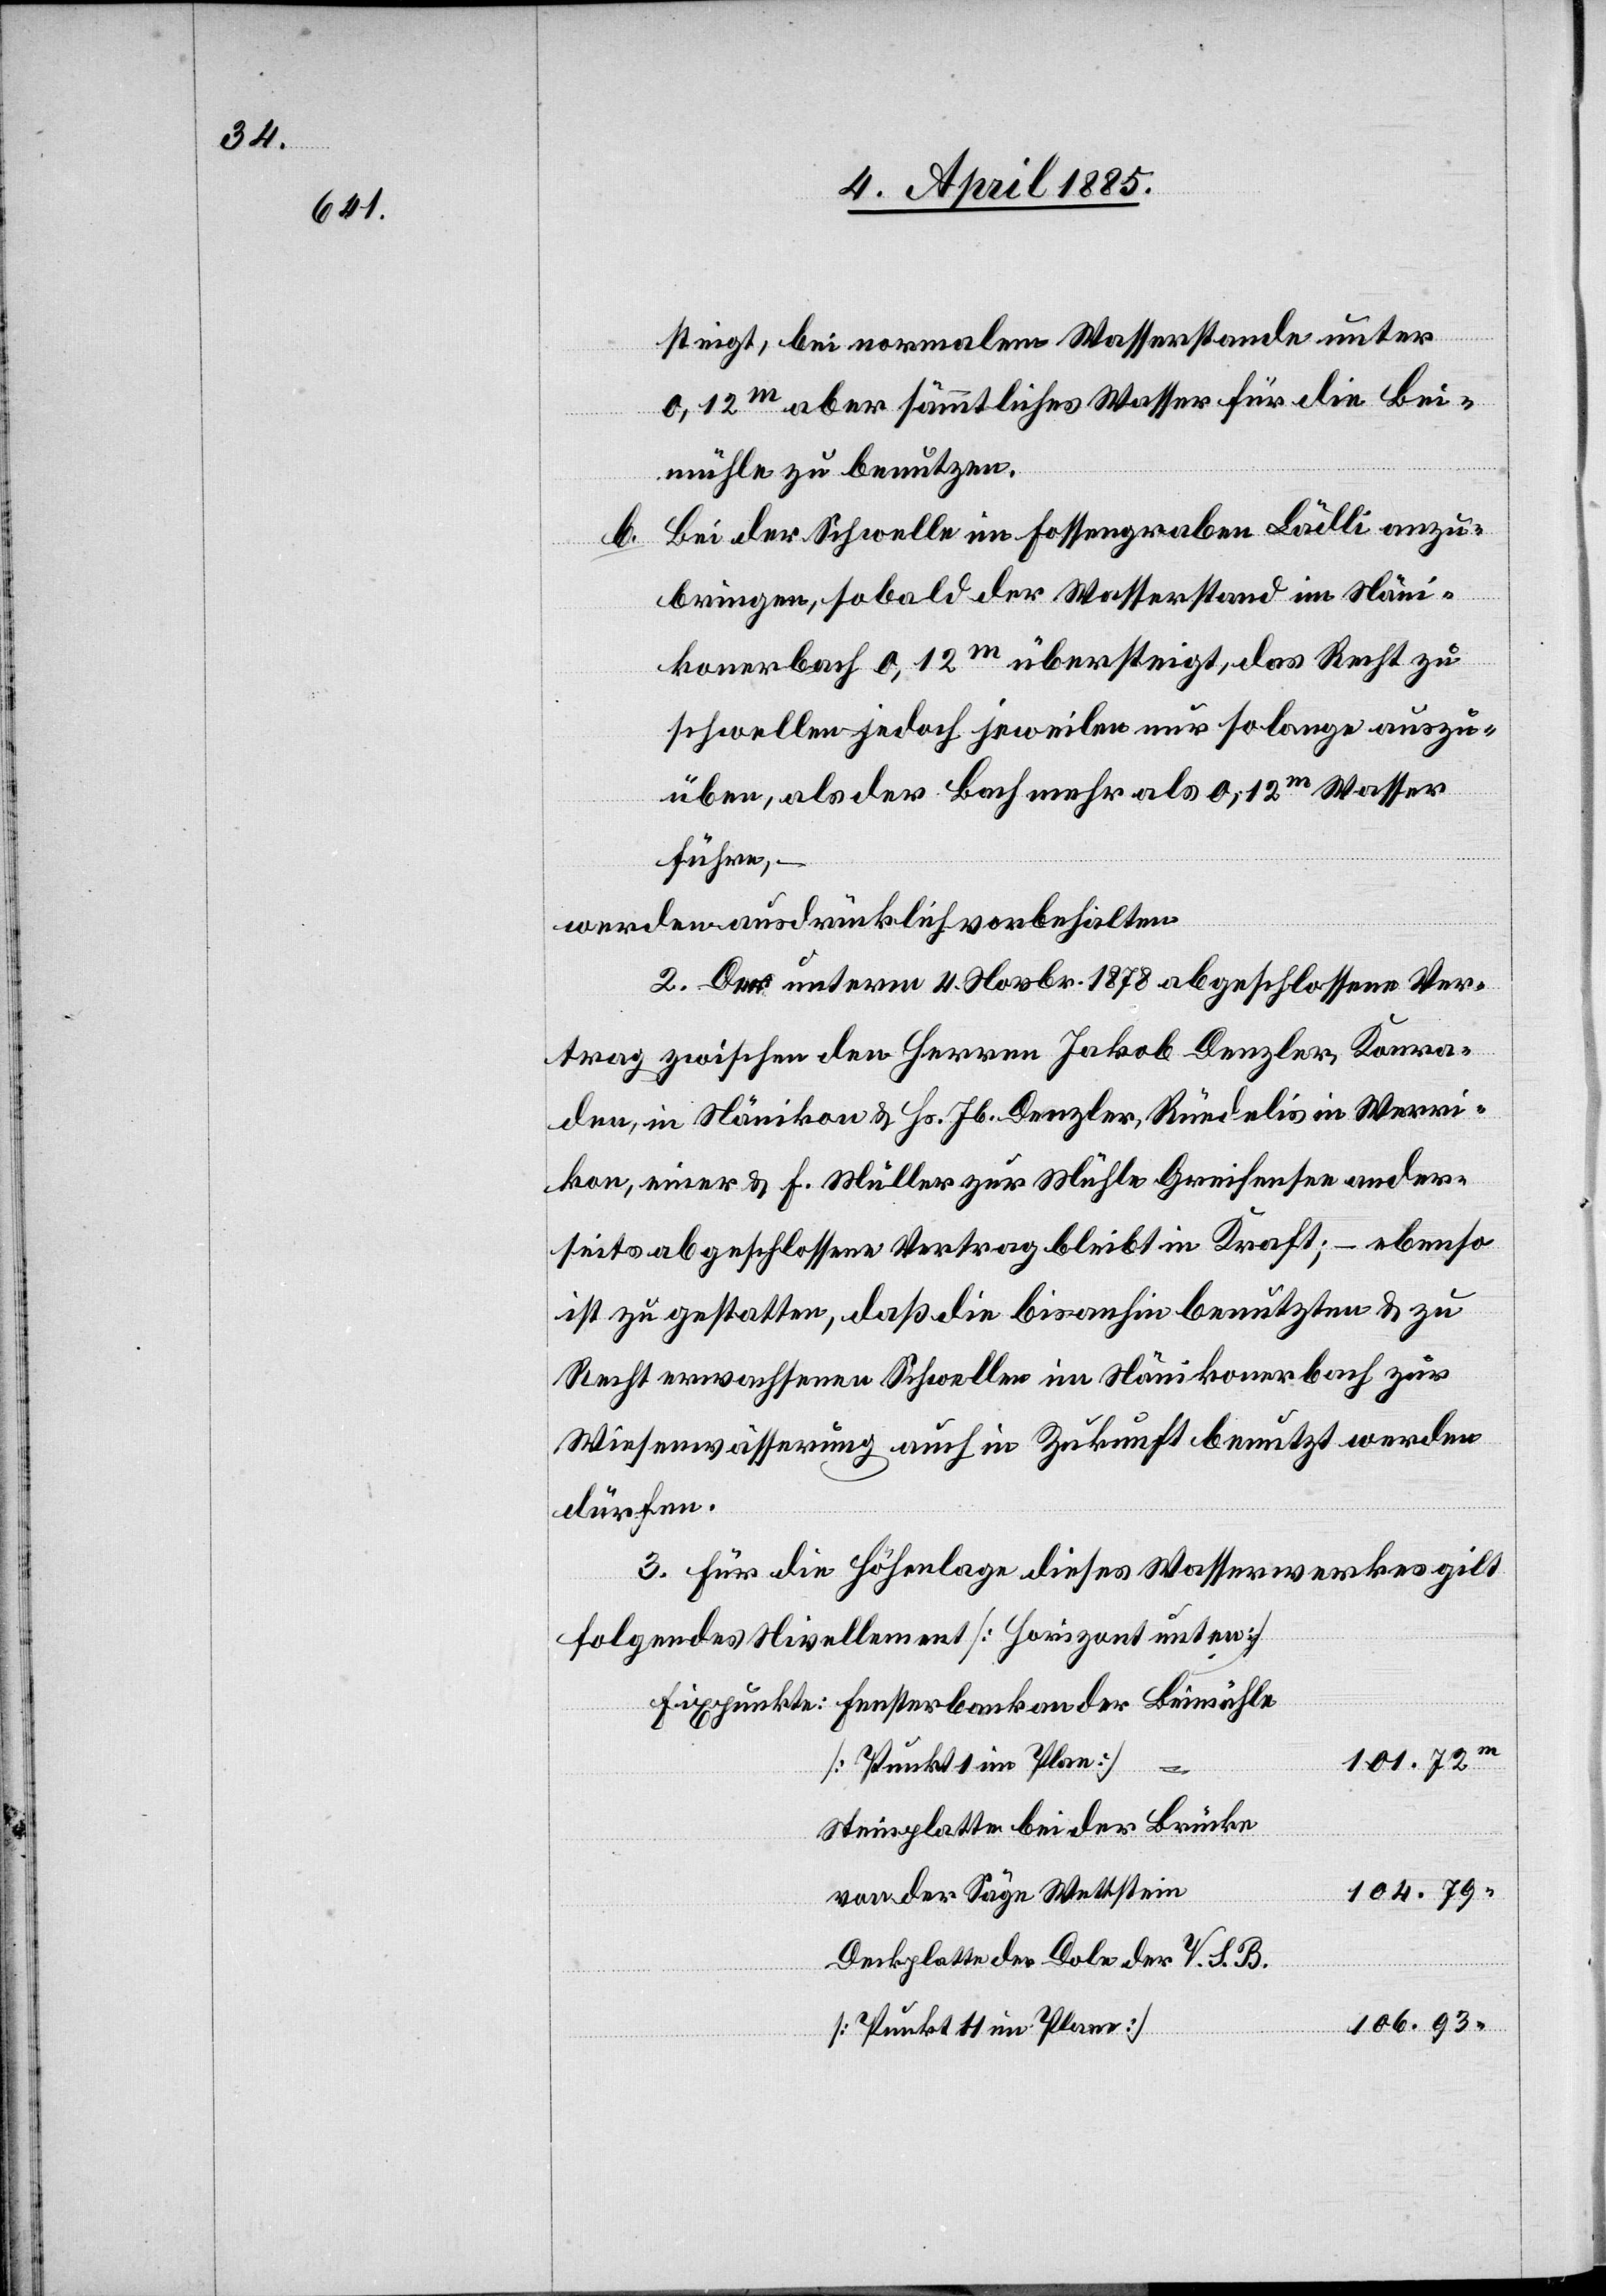
steigt, bei normalem Wasserstande unter
0,12 m aber sämmtliches Wasser für die Bei¬
mühle zu benutzen.
b. Bei der Schwelle im Fossengraben Lädli anzu¬
bringen, sobald der Wasserstand im Näni¬
konerbach 0,12 m übersteigt, das Recht zu
schwellen jedoch jeweilen nur solange auszu¬
üben, als der Bach mehr als 0,12 m Wasser
führe, –
werden ausdrücklich vorbehalten.
2. Der unterm 4. Novbr. 1878 abgeschlossene Ver¬
trag zwischen den Herren Jakob Denzler, Komra¬
den, in Nänikon & Hs. Jb. Denzler, Rüedelis in Werri¬
kon, einer & F. Müller zur Mühle Greifensee ander¬
seits abgeschlossene Vertrag bleibt in Kraft; – ebenso
ist zu gestatten, das die bis anhin benutzten & zu
Recht erwachsenen Schwellen im Nänikonerbach zur
Wiesenwässerung auch in Zukunft benutzt werden
dürfen.
3. Für die Höhenlage dieses Wasserwerkes gilt
folgendes Nivellement [Horizont unten]
Fixpunkte: Fensterbank an der Beimühle
101.72
m
Steinplatte bei der Brücke
104.79
von der Säge Wettstein
Deckplatte der Dole der V, S. B
106.93
[Punkt 11 im Plan]